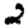
Digit: 2